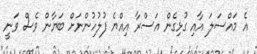
އެ މައްސަލަ އާއި ގުޅިގެން އަސްރާ އިއްޔެ ފުލުހުންނަށް ބަޔާން ވެސް ވަނީ